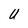
Character: U